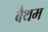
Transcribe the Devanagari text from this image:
बैथम